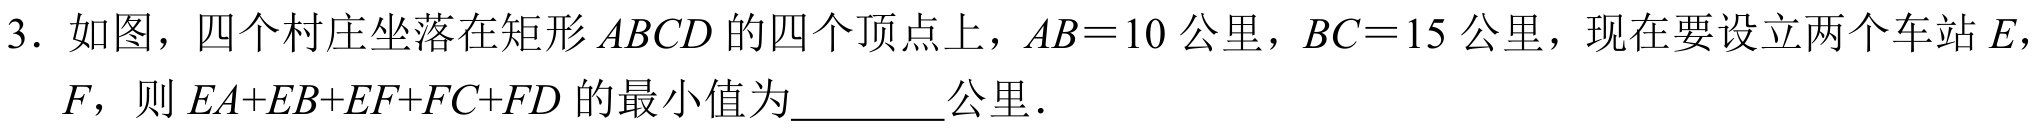
3. 如图，四个村庄坐落在矩形\(ABCD\)的四个顶点上，\(AB = 10\)公里，\(BC = 15\)公里，现在要设立两个车站\(E\)，\(F\)，则\(EA + EB+EF + FC + FD\)的最小值为________公里．